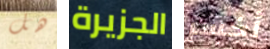
هل الجزيرة أخسر